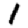
Digit: 1